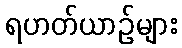
ရဟတ်ယာဉ်များ